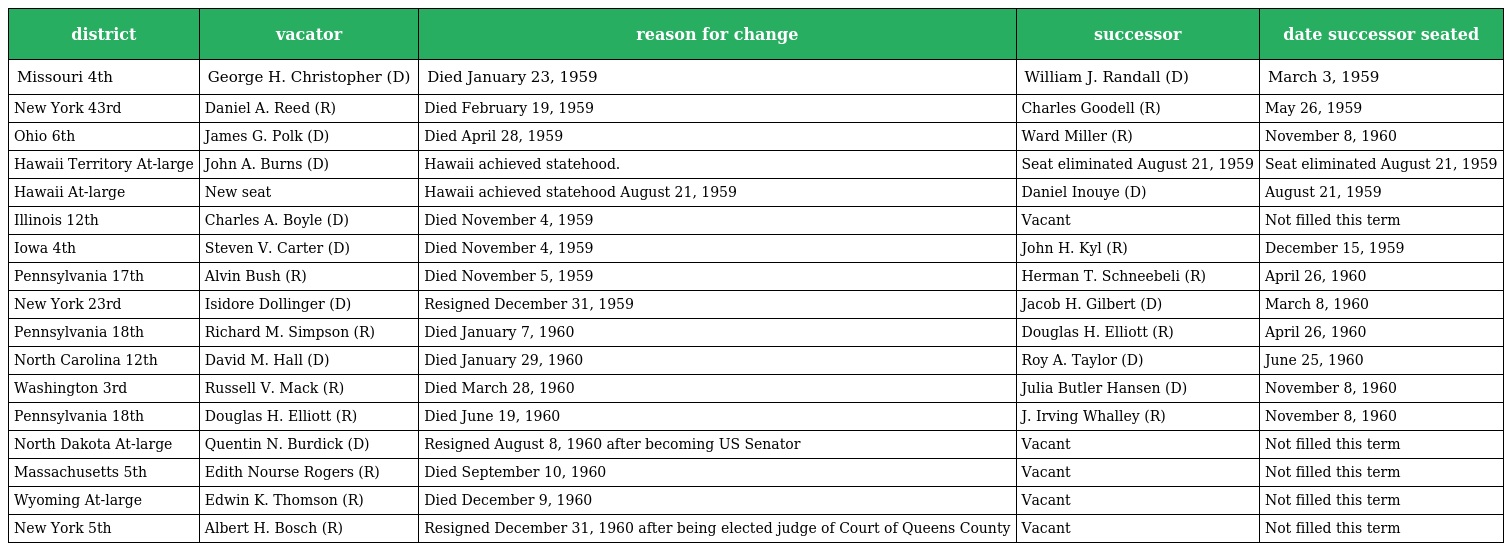
| district | vacator | reason for change | successor | date successor seated |
 | --- | --- | --- | --- | --- |
 | Missouri 4th | George H. Christopher (D) | Died January 23, 1959 | William J. Randall (D) | March 3, 1959 |
 | New York 43rd | Daniel A. Reed (R) | Died February 19, 1959 | Charles Goodell (R) | May 26, 1959 |
 | Ohio 6th | James G. Polk (D) | Died April 28, 1959 | Ward Miller (R) | November 8, 1960 |
 | Hawaii Territory At-large | John A. Burns (D) | Hawaii achieved statehood. | Seat eliminated August 21, 1959 | Seat eliminated August 21, 1959 |
 | Hawaii At-large | New seat | Hawaii achieved statehood August 21, 1959 | Daniel Inouye (D) | August 21, 1959 |
 | Illinois 12th | Charles A. Boyle (D) | Died November 4, 1959 | Vacant | Not filled this term |
 | Iowa 4th | Steven V. Carter (D) | Died November 4, 1959 | John H. Kyl (R) | December 15, 1959 |
 | Pennsylvania 17th | Alvin Bush (R) | Died November 5, 1959 | Herman T. Schneebeli (R) | April 26, 1960 |
 | New York 23rd | Isidore Dollinger (D) | Resigned December 31, 1959 | Jacob H. Gilbert (D) | March 8, 1960 |
 | Pennsylvania 18th | Richard M. Simpson (R) | Died January 7, 1960 | Douglas H. Elliott (R) | April 26, 1960 |
 | North Carolina 12th | David M. Hall (D) | Died January 29, 1960 | Roy A. Taylor (D) | June 25, 1960 |
 | Washington 3rd | Russell V. Mack (R) | Died March 28, 1960 | Julia Butler Hansen (D) | November 8, 1960 |
 | Pennsylvania 18th | Douglas H. Elliott (R) | Died June 19, 1960 | J. Irving Whalley (R) | November 8, 1960 |
 | North Dakota At-large | Quentin N. Burdick (D) | Resigned August 8, 1960 after becoming US Senator | Vacant | Not filled this term |
 | Massachusetts 5th | Edith Nourse Rogers (R) | Died September 10, 1960 | Vacant | Not filled this term |
 | Wyoming At-large | Edwin K. Thomson (R) | Died December 9, 1960 | Vacant | Not filled this term |
 | New York 5th | Albert H. Bosch (R) | Resigned December 31, 1960 after being elected judge of Court of Queens County | Vacant | Not filled this term |